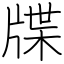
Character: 牒